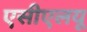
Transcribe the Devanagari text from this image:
एसीएलयू